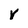
Character: V